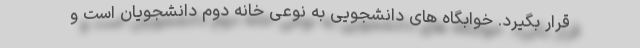
قرار بگیرد. خوابگاه های دانشجویی به نوعی خانه دوم دانشجویان است و